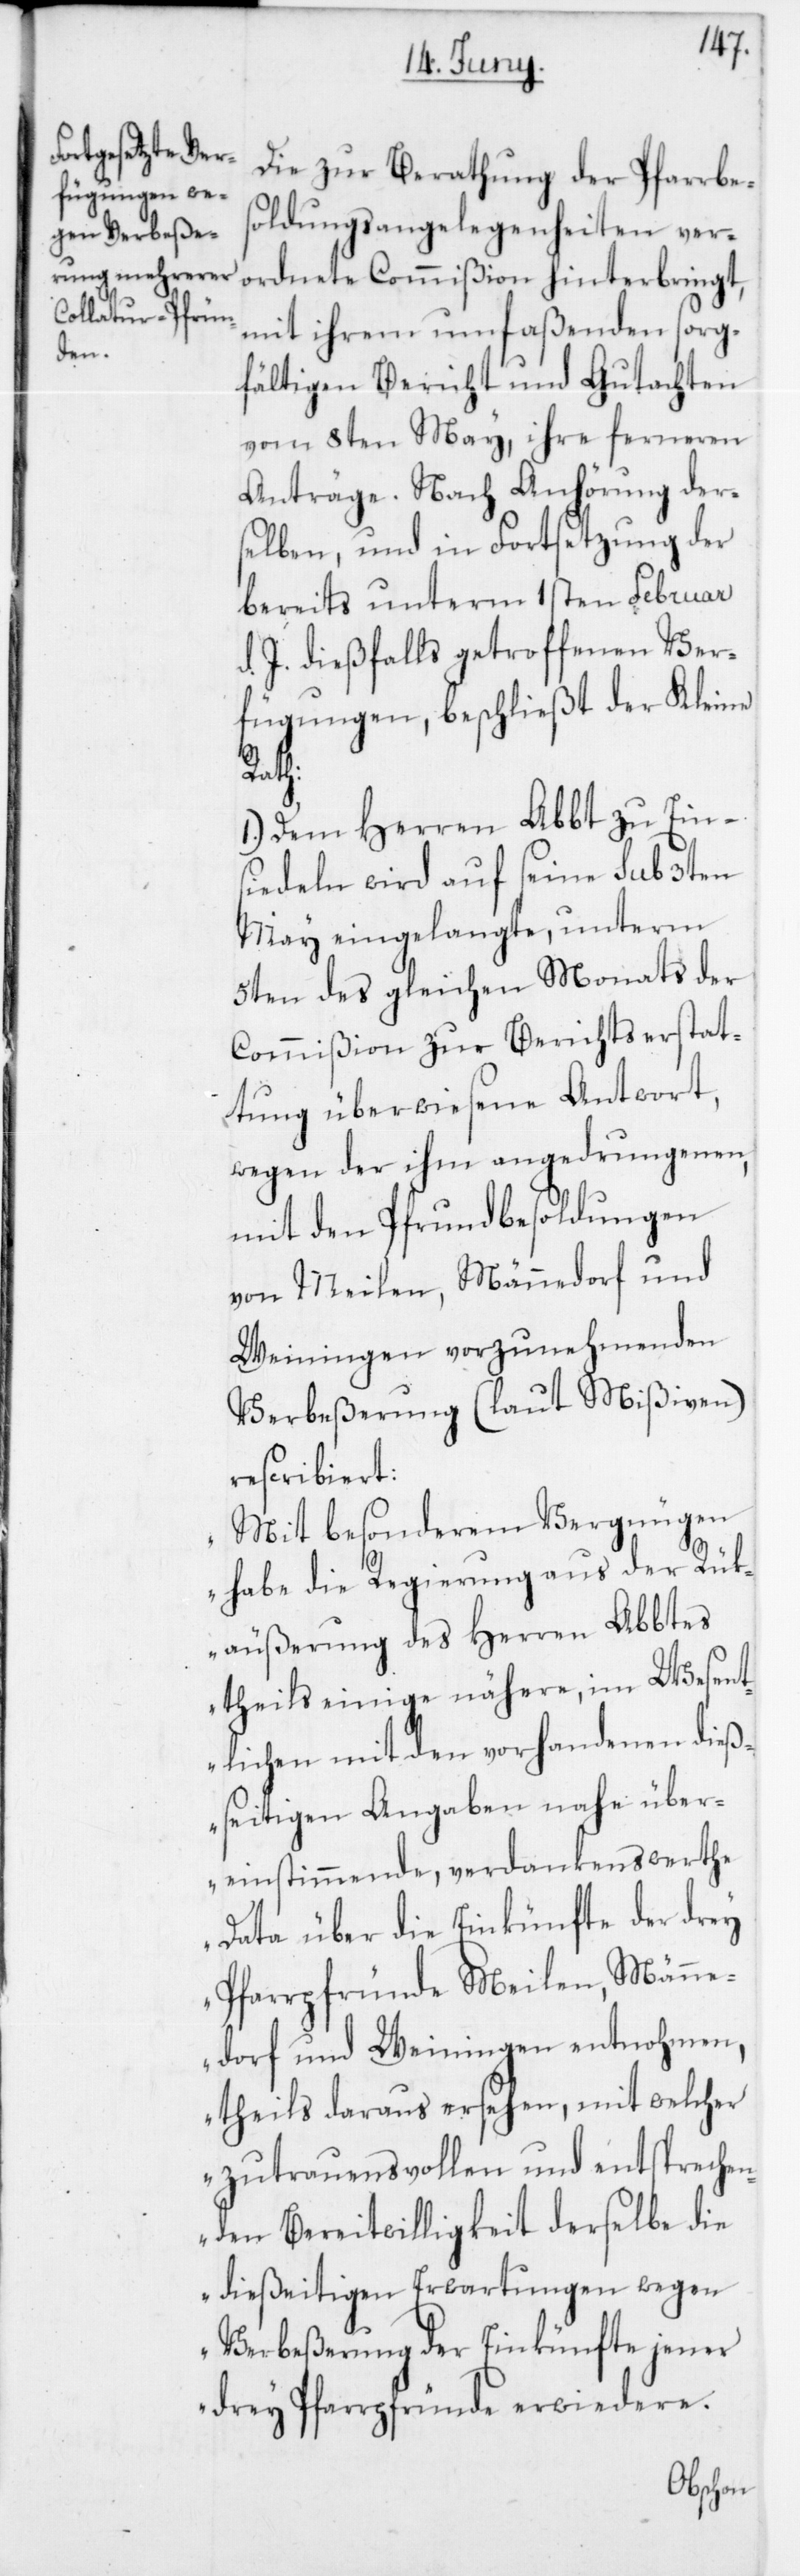
Die zur Berathung der Pfarrbes¬
oldungsangelegenheiten ver¬
ordnete Commißion hinterbringt,
mit ihrem umfaßenden sorg¬
fältigen Bericht und Gutachten
vom 8ten May, ihre ferneren
Anträge. Nach Anhörung der¬
selben, und in Fortsetzung der
bereits unterm 1sten Februar
d. J. dießfalls getroffenen Ver¬
fügungen, beschließt der Kleine
Rath:
1. Dem Herren Abbt zu Ein¬
siedeln wird auf seine sub 3ten
May eingelangte, unterm
5ten des gleichen Monats der
Commißion zur Berichtserstat¬
tung überwiesene Antwort,
wegen der ihm angedrungenen,
mit den Pfrundbesoldungen
von Meilen, Männedorf und
Weiningen vorzunehmenden
Verbeßerung (laut Mißiven)
rescribiert:
„Mit besonderem Vergnügen
habe die Regierung aus der Rük¬
äußerung des Herren Abbtes
theils einige nähere, im Wesent¬
lichen mit den vorhandenen dieß¬
seitigen Angaben nahe über¬
einstimmende, verdankenswerthe
Data über die Einkünfte der drey
Pfarrpfründe Meilen, Männe¬
dorf und Weiningen entnohmen,
theils daraus ersehen, mit welcher
zutrauensvollen und entsprechen¬
den Bereitwilligkeit derselbe die
dießeitigen Erwartungen wegen
Verbeßerung der Einkünfte jeder
drey Pfarrpfründe erwidere.